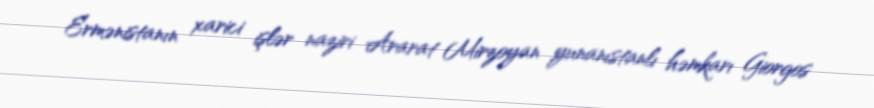
Ermənistanın xarici işlər naziri Ararat Mirzoyan yunanıstanlı həmkarı Giorgos